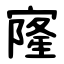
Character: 㝫